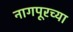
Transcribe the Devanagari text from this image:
नागपूरच्‍या